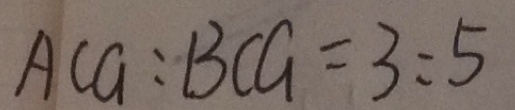
A C G : B C G = 3 : 5